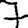
Digit: 7